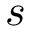
s